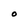
Character: O